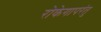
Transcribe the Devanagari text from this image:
रोकेगापरंतु